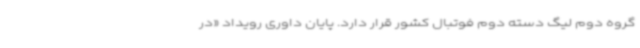
گروه دوم لیگ دسته دوم فوتبال کشور قرار دارد. پایان داوری رویداد «در